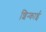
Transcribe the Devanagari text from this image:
शिन्काई